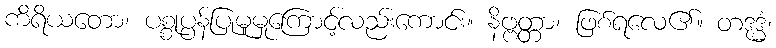
ကိရိယတော၊ ပစ္စုပ္ပန်ပြုမူမှုကြောင့်လည်းကောင်း။ နိဗ္ဗတ္တာ၊ ဖြစ်ရလေ၏။ တဒုဒ္ဓံ၊